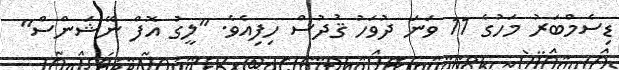
ޑިސެމްބަރު މަހުގެ 11 ވަނަ ދުވަހު ޤުދުސް ހިފިއެވެ. "ލީގު އޮފް ނޭޝަންސް"